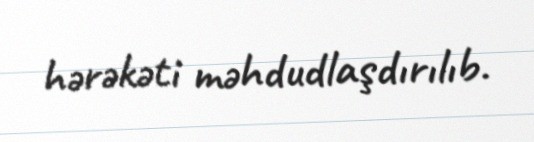
hərəkəti məhdudlaşdırılıb.